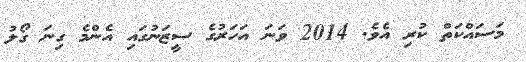
މަސައްކަތް ކުރި އެވެ. 2014 ވަނަ އަހަރުގެ ސީޒަނުގައި އެންމެ ގިނަ ގޯލު